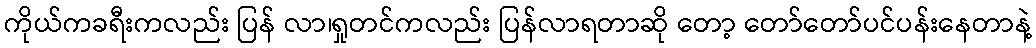
ကိုယ်ကခရီးကလည်း ပြန် လာ၊ရှုတင်ကလည်း ပြန်လာရတာဆို တော့ တော်တော်ပင်ပန်းနေတာနဲ့